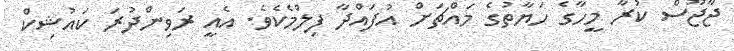
ޖާޖޫސް ކުރާ މީހާގެ ހަޔާތުގެ މައްޗަށް އުފައްދާ ފިލްމެކެވެ. އެއީ ރަވިންދުރަ ކައުޝިކް